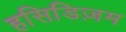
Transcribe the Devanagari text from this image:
हसिडिज़म